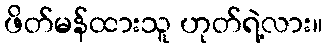
ဖိတ်မန်ထားသူ ဟုတ်ရဲ့လား။